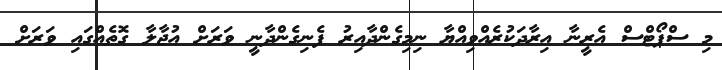
މި ސްޕޯޓްސް އެރީނާ އިރާދަކުރެއްވިއްޔާ ނިމިގެންދާއިރު ފެނިގެންދާނީ ވަރަށް އުޖާލާ ގޮތެއްގައި ވަރަށް